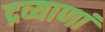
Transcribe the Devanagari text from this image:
द्रव्याणां